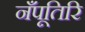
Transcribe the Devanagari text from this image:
नँपूतिरि